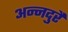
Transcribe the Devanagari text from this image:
अन्नदुरै